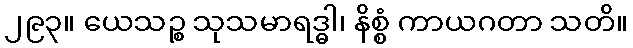
၂၉၃။ ယေသဉ္စ သုသမာရဒ္ဓါ၊ နိစ္စံ ကာယဂတာ သတိ။